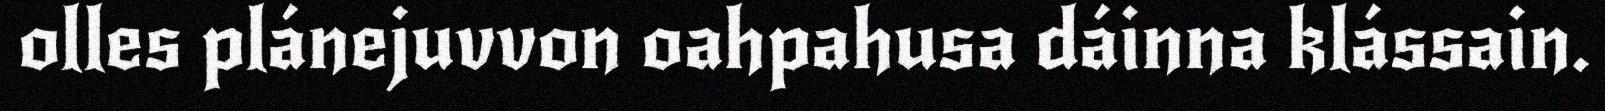
olles plánejuvvon oahpahusa dáinna klássain.